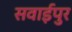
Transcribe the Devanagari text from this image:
सवाईपुर